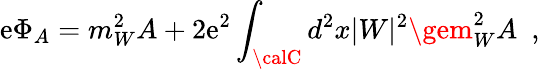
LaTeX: \mathrm{e}\Phi_{A}=m_{W}^{2}A+2\mathrm{e}^{2}\int_{\calC}d^{2}x|W|^{2}\gem_{W}^{2}A~~,